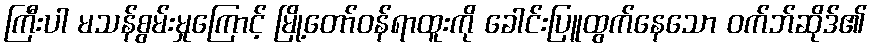
ကြီးပါ မသန်စွမ်းမှုကြောင့် မြို့တော်ဝန်ရာထူးကို ခေါင်းပြူထွက်နေသော ဝက်ဘ်ဆိုဒ်၏